Report on plague in the Punjab from October 1st ... to September 30th ..., being the ... season of plague in the province
Disease focus: Plague
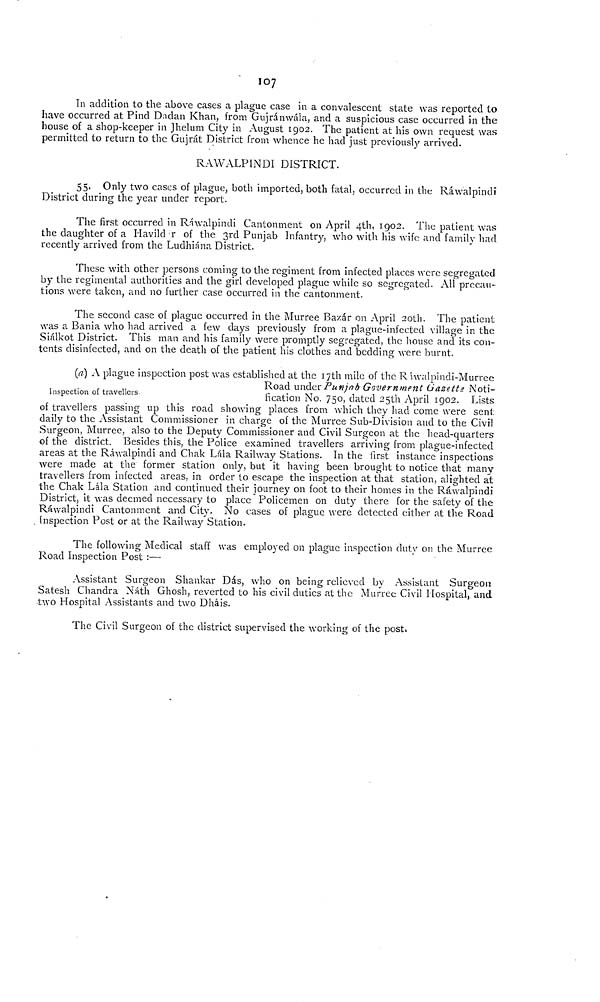
107
In addition to the above cases a plague case in a convalescent state was reported to
have occurred at Pind Dadan Khan, from Gujránwála, and a suspicious case occurred in the
house of a shop-keeper in Jhelum City in August 1902. The patient at his own request was
permitted to return to the Gujrát District from whence he had just previously arrived.
RAWALPINDI DISTRICT.
55. Only two cases of plague, both imported, both fatal, occurred in the Ráwalpindi
District during the year under report.
The first occurred in Ráwalpindi Cantonment on April 4th, 1902. The patient was
the daughter of a Havild r of the 3rd Punjab Infantry, who with his wife and family had
recently arrived from the Ludhiána District.
These with other persons coming to the regiment from infected places were segregated
by the regimental authorities and the girl developed plague while so segregated. All precau-
tions were taken, and no further case occurred in the cantonment.
The second case of plague occurred in the Murree Bazár on April 20th. The patient
was a Bania who had arrived a few days previously from a plague-infected village in the
Siálkot District. This man and his family were promptly segregated, the house and its con-
tents disinfected, and on the death of the patient his clothes and bedding were burnt.
Inspection oí travellers
(a) A plague inspection post was established at the 17th mile of the Ráwalpindi-Murree
Road under Punjob Government Gazette Noti-
fication No. 750, dated 25th April 1902. Lists
of travellers passing up this road showing places from which they had come were sent
daily to the Assistant Commissioner in charge of the Murree Sub-Division and to the Civil
Surgeon, Murree, also to the Deputy Commissioner and Civil Surgeon at the head-quarters
of the district. Besides this, the Police examined travellers arriving from plague-infected
areas at the Ráwalpindi and Chak Lála Railway Stations. In the first instance inspections
were made at the former station only, but it having been brought to notice that many
travellers from infected areas, in order to escape the inspection at that station, alighted at
the Chak Lála Station and continued their journey on foot to their homes in the Ráwalpindi
District, it was deemed necessary to place Policemen on duty there for the safety of the
Ráwalpindi Cantonment and City. No cases of plague were detected either at the Road
Inspection Post or at the Railway Station.
The following Medical staff was employed on plague inspection duty on the Murree
Road inspection Post :—
Assistant Surgeon Shankar Dás, who on being relieved by Assistant Surgeon
Satesh Chandra Náth Ghosh, reverted to his civil duties at the Murree Civil Hospital, and
two Hospital Assistants and two Dháis.
The Civil Surgeon of the district supervised the working of the post.